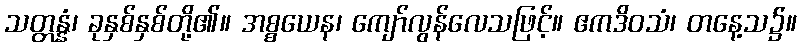
သတ္တန္နံ၊ ခုနှစ်နှစ်တို့၏။ အစ္စယေန၊ ကျော်လွန်လေသဖြင့်။ ဧကဒိဝသံ၊ တနေ့သ၌။